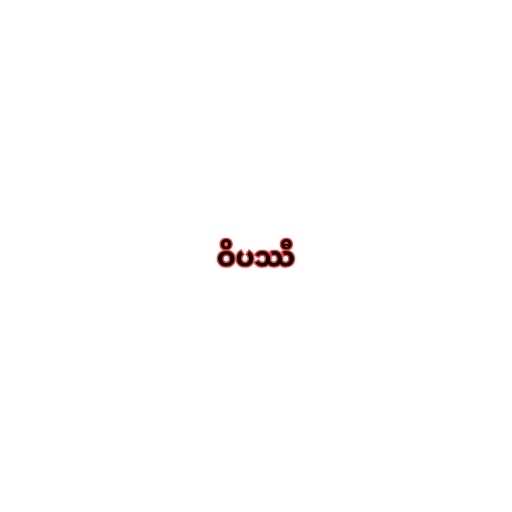
ဝိပဿီ